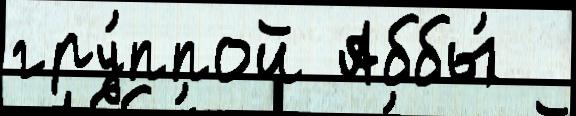
гру́ппой Аббы́